Report of the Indian Hemp Drugs Commission, 1894-1895 - Volume VII
Year: 1894
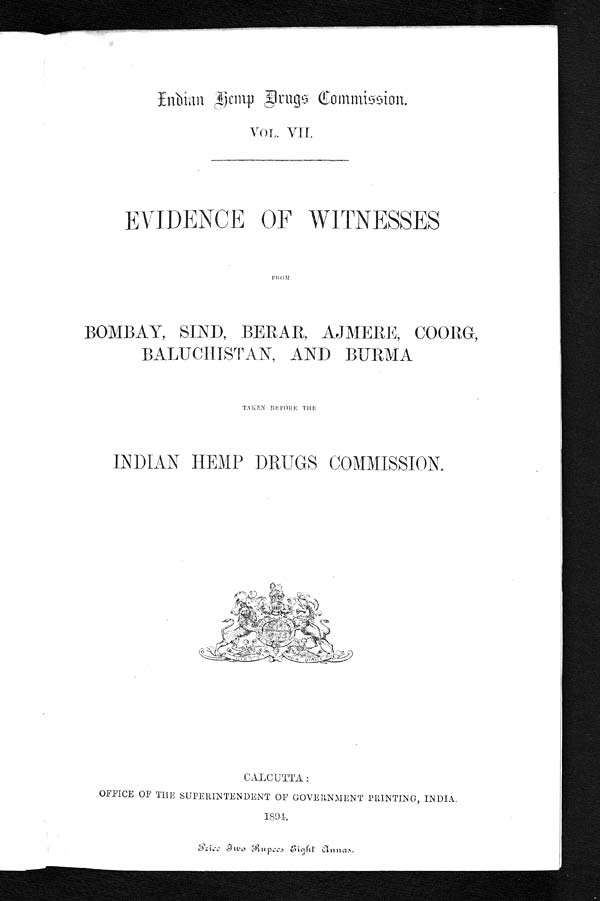
Indian Hemp Drugs Commission.
VOL. VII.
EVIDENCE OF WITNESSES
FROM
BOMBAY, SIND, BERAR, AJMERE, COORG,
BALUCHISTAN, AND BURMA
TAKEN BEFORE THE
INDIAN HEMP DRUGS COMMISSION.
CALCUTTA:
OFFICE OF THE SUPERINTENDENT OF GOVERNMENT PRINTING, INDIA.
1894.
P r i c e T w o R u p e e s E i g h t A n n a s .